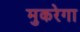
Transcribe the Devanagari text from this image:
मुकरेगा